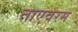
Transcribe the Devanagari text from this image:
ताएवरम